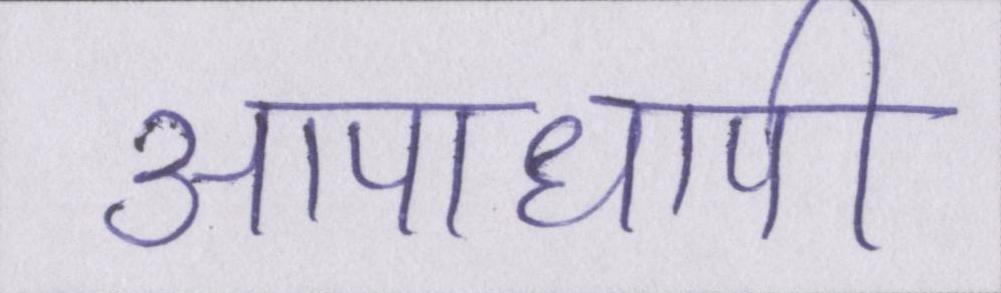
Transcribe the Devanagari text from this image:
आपाधापी